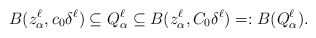
\begin{align*} B(z^\ell_{\alpha},c_0\delta^\ell)\subseteq Q^\ell_{\alpha}\subseteq B(z^\ell_{\alpha},C_0\delta^\ell)=:B(Q^\ell_{\alpha}).\end{align*}